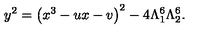
y ^ { 2 } = \left( x ^ { 3 } - u x - v \right) ^ { 2 } - 4 \Lambda _ { 1 } ^ { 6 } \Lambda _ { 2 } ^ { 6 } .